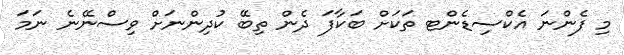
މި ފެންނަ އެކްސިޑެންޓ ތަކަށް ބަކާފަ ދެން ތިބޭ ކުދިންނަށް ވިސްނޭނެ ނަމަ